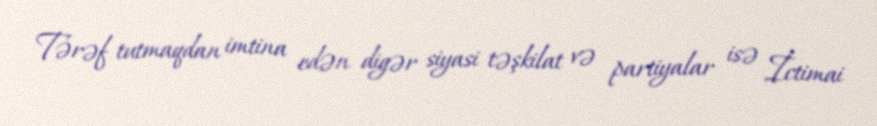
Tərəf tutmaqdan imtina edən digər siyasi təşkilat və partiyalar isə İctimai